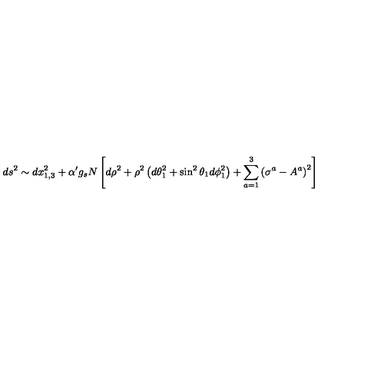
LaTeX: d s ^ { 2 } \sim d x _ { 1 , 3 } ^ { 2 } + \alpha ^ { \prime } g _ { s } N \left[ d \rho ^ { 2 } + \rho ^ { 2 } \left( d \theta _ { 1 } ^ { 2 } + \sin ^ { 2 } \theta _ { 1 } d \phi _ { 1 } ^ { 2 } \right) + \sum _ { a = 1 } ^ { 3 } \left( \sigma ^ { a } - A ^ { a } \right) ^ { 2 } \right]